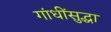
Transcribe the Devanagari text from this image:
गांधींसुद्धा